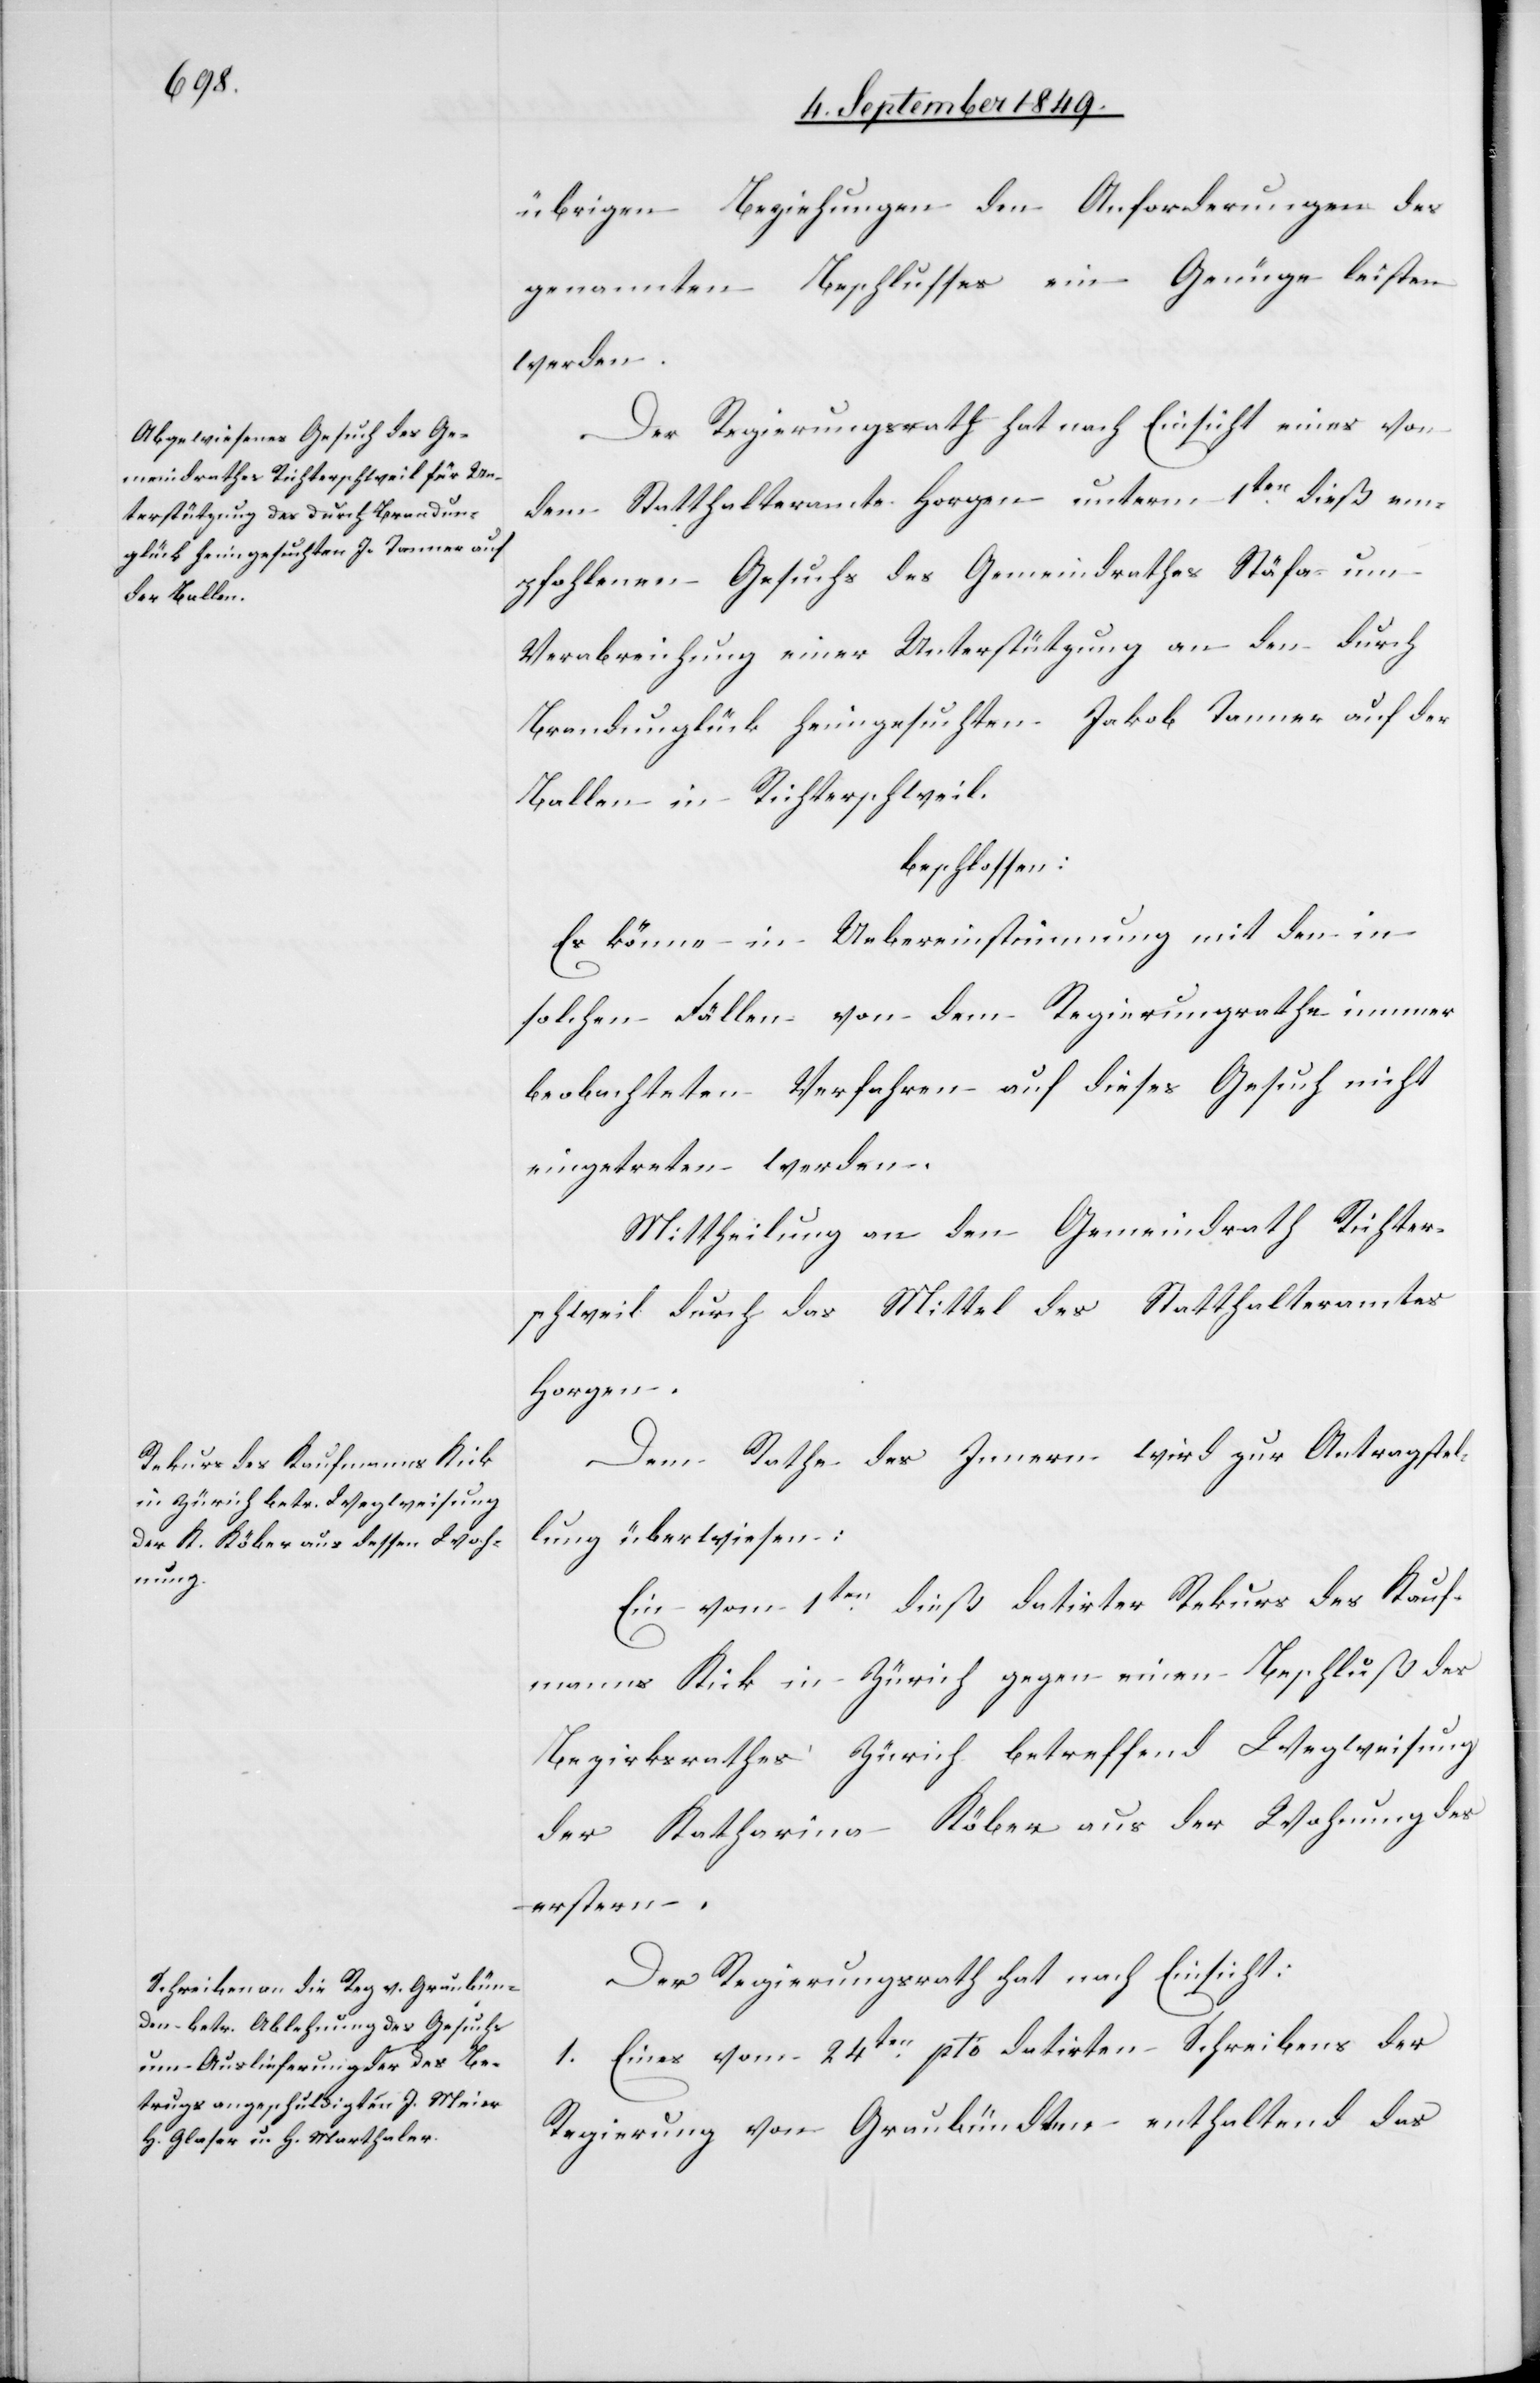
übrigen Beziehungen den Anforderungen des
genannten Beschlusses ein Genüge leisten
werden.
Der Regierungsrath hat nach Einsicht eines von
dem Statthalteramte Horgen unterm 1ten dieß em¬
pfohlenen Gesuchs des Gemeindrathes Stäfa um
Verabreichung einer Unterstützung an den durch
Brandunglück heimgesuchten Jakob Tanner auf der
Ballen in Richterschweil.
beschlossen:
Es könne in Uebereinstimmung mit den in
solchen Fällen von dem Regierungsrathe immer
beobachteten Verfahren auf dieses Gesuch nicht
eingetreten werden.
Mittheilung an den Gemeindrath Richter¬
schweil durch das Mittel des Statthalteramtes
Horgen.
Dem Rathe des Innern wird zur Antragstel¬
lung überwiesen:
Ein vom 1ten dieß datirten Rekurs des Kauf¬
manns Kick in Zürich gegen einen Beschluß des
Bezirksrathes Zürich betreffend Wegweisung
der Katharina Köber aus der Wohnung des
erstern.
Der Regierungsrath hat nach Einsicht:
1. Eines vom 24ten pto datirten Schreibens der
Regierung von Graubündten enthaltend das